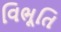
વિભૂતિ